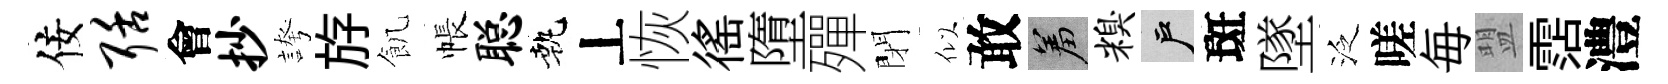
佞聒會抄誇斿飢帳聪執丄恢徭墮殫閉似敢羞糗户斑墜泛嗟毎盟霑澧